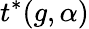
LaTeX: t^{*}(g,\alpha)